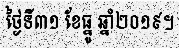
ថ្ងៃទី៣១ ខែធ្នូ ឆ្នាំ២០១៩។